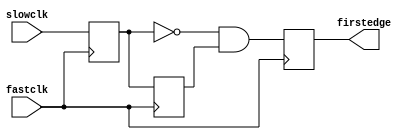
// This program was cloned from: https://github.com/aolofsson/oh
// License: MIT License

//#############################################################################
//# Function: Aligns positive edge of slow clock to fast clock                #
//#           !!!Assumes clocks are aligned and synchronous!!!                #
//#############################################################################
//# Author:   Andreas Olofsson                                                #
//# License:  MIT (see LICENSE file in OH! repository)                        # 
//#############################################################################
/*
 *    ___________             ___________
 * __/           \___________/           \   SLOWCLK
 *    __    __    __    __    __    __ 
 *  _/  \__/  \__/  \__/  \__/  \__/  \__/   FASTCLK
 *        ___________              _________   
 *    ___/ 1     1   \_0_____0____/          CLK45
 *           ____________              ___   
 *    ______/    1     1 \___0____0___/      CLK90 
 * 
 * ____                  ______               
 *     \________________/      \________     FIRSTEDGE 
 * 
 */
module oh_edgealign (/*AUTOARG*/
   // Outputs
   firstedge,
   // Inputs
   fastclk, slowclk
   );
   
   input  fastclk;
   input  slowclk;
   output firstedge;

   reg 	  clk45;
   reg 	  clk90;
   reg 	  firstedge;

   always @ (negedge fastclk) 
     clk45     <= slowclk;

   always @ (posedge fastclk) 
     begin
	clk90     <= clk45;
	firstedge <= ~clk45 & clk90;
     end
   
endmodule // oh_edgealign